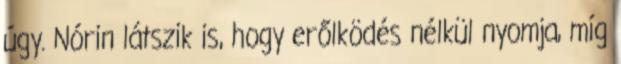
úgy. Nórin látszik is, hogy erőlködés nélkül nyomja, míg